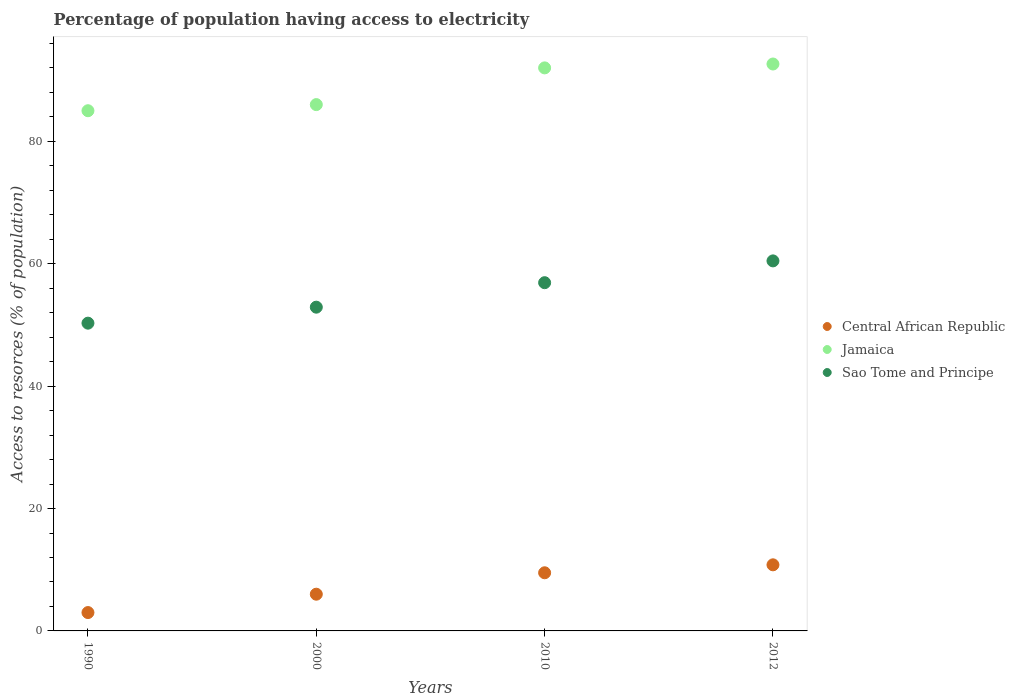
| Years | Central African Republic | Jamaica | Sao Tome and Principe |
 | --- | --- | --- | --- |
 | 1990 | 3 | 85 | 50.3 |
 | 2000 | 6 | 86 | 52.9 |
 | 2010 | 9.5 | 92 | 56.9 |
 | 2012 | 10.8 | 92.6 | 60.5 |